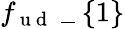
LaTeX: f_{\mathrm{~u~d~}}\mathrm{~\_ ~}\{ 1\}